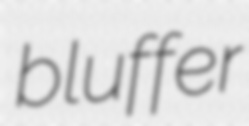
bluffer